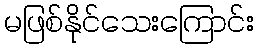
မဖြစ်နိုင်သေးကြောင်း